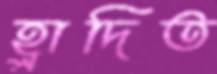
হ্লাদিত